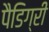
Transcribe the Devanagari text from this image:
पैडिग्री